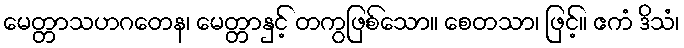
မေတ္တာသဟဂတေန၊ မေတ္တာနှင့် တကွဖြစ်သော။ စေတသာ၊ ဖြင့်။ ဧကံ ဒိသံ၊